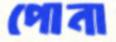
পোনা